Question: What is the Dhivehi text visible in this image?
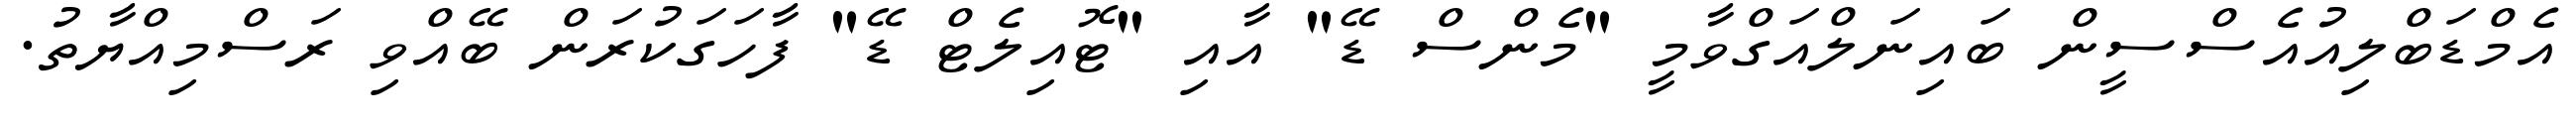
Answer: އެމްޑަބްލިއުއެސްސީން ބައިނަލްއަގްވާމީ "މެންސް ޑޭ" އާއި "ޓޮއިލެޓް ޑޭ" ފާހަގަކުރަން ބޭއްވި ރަސްމިއްޔާތު.